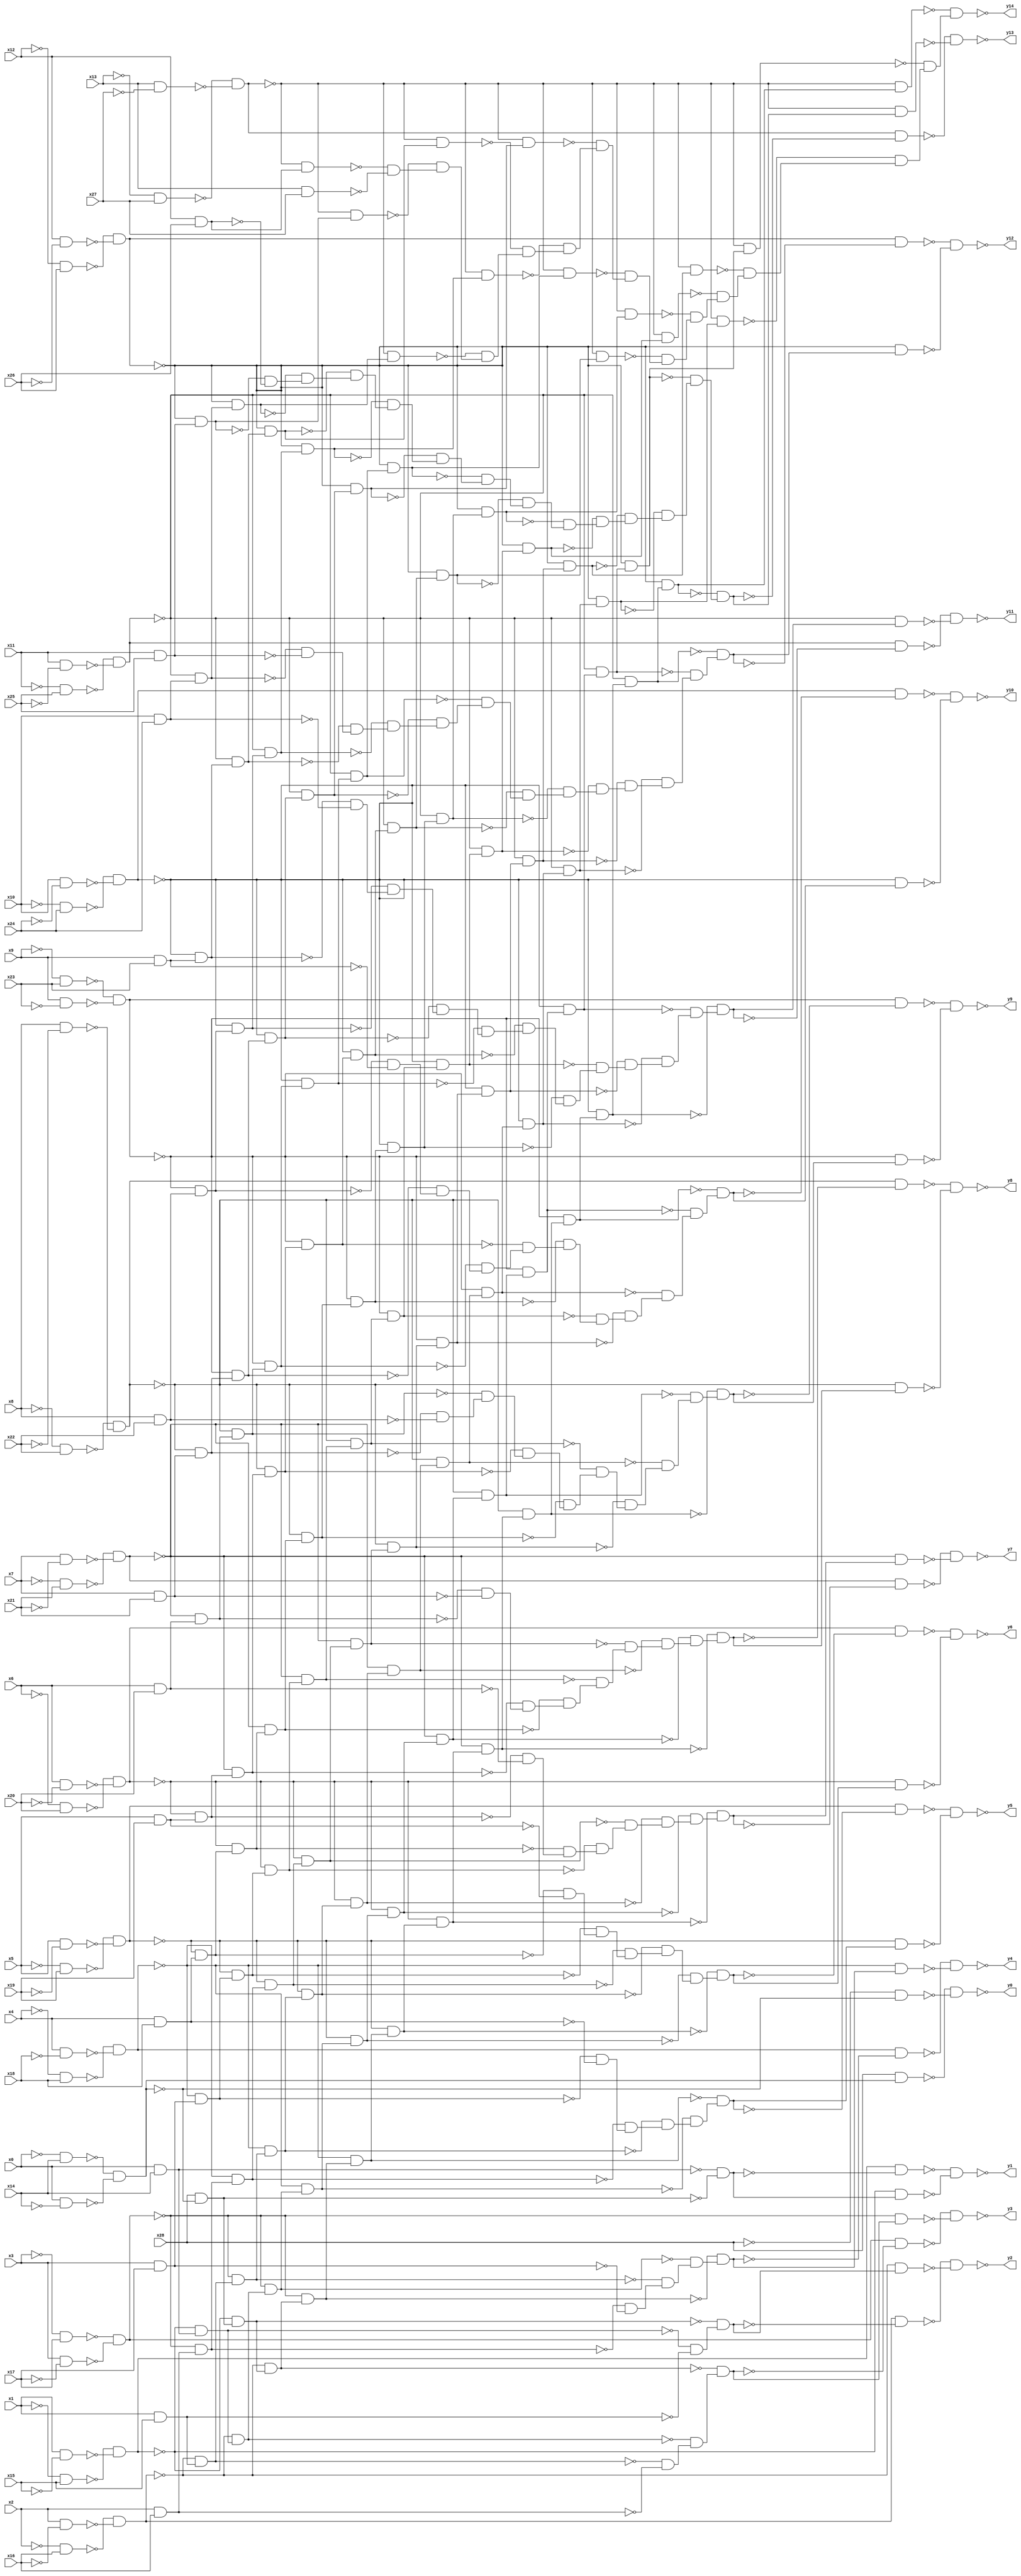
module top(x0, x1, x2, x3, x4, x5, x6, x7, x8, x9, x10, x11, x12, x13, x14, x15, x16, x17, x18, x19, x20, x21, x22, x23, x24, x25, x26, x27, x28, y0, y1, y2, y3, y4, y5, y6, y7, y8, y9, y10, y11, y12, y13, y14);
  input x0, x1, x2, x3, x4, x5, x6, x7, x8, x9, x10, x11, x12, x13, x14, x15, x16, x17, x18, x19, x20, x21, x22, x23, x24, x25, x26, x27, x28;
  output y0, y1, y2, y3, y4, y5, y6, y7, y8, y9, y10, y11, y12, y13, y14;
  wire n30, n31, n32, n33, n34, n35, n36, n37, n38, n39, n40, n41, n42, n43, n44, n45, n46, n47, n48, n49, n50, n51, n52, n53, n54, n55, n56, n57, n58, n59, n60, n61, n62, n63, n64, n65, n66, n67, n68, n69, n70, n71, n72, n73, n74, n75, n76, n77, n78, n79, n80, n81, n82, n83, n84, n85, n86, n87, n88, n89, n90, n91, n92, n93, n94, n95, n96, n97, n98, n99, n100, n101, n102, n103, n104, n105, n106, n107, n108, n109, n110, n111, n112, n113, n114, n115, n116, n117, n118, n119, n120, n121, n122, n123, n124, n125, n126, n127, n128, n129, n130, n131, n132, n133, n134, n135, n136, n137, n138, n139, n140, n141, n142, n143, n144, n145, n146, n147, n148, n149, n150, n151, n152, n153, n154, n155, n156, n157, n158, n159, n160, n161, n162, n163, n164, n165, n166, n167, n168, n169, n170, n171, n172, n173, n174, n175, n176, n177, n178, n179, n180, n181, n182, n183, n184, n185, n186, n187, n188, n189, n190, n191, n192, n193, n194, n195, n196, n197, n198, n199, n200, n201, n202, n203, n204, n205, n206, n207, n208, n209, n210, n211, n212, n213, n214, n215, n216, n217, n218, n219, n220, n221, n222, n223, n224, n225, n226, n227, n228, n229, n230, n231, n232, n233, n234, n235, n236, n237, n238, n239, n240, n241, n242, n243, n244, n245, n246, n247, n248, n249, n250, n251, n252, n253, n254, n255, n256, n257, n258, n259, n260, n261, n262, n263, n264, n265, n266, n267, n268, n269, n270, n271, n272, n273, n274, n275, n276, n277, n278, n279, n280, n281, n282, n283, n284, n285, n286, n287, n288, n289, n290, n291, n292, n293, n294, n295, n296, n297, n298, n299, n300, n301, n302, n303, n304, n305, n306, n307, n308, n309, n310, n311, n312, n313, n314, n315, n316, n317, n318, n319, n320, n321, n322, n323, n324, n325, n326, n327, n328, n329, n330, n331, n332, n333, n334, n335, n336, n337;
  assign n30 = ~x0 & x14;
  assign n31 = x0 & ~x14;
  assign n32 = ~n30 & ~n31;
  assign n33 = x28 & n32;
  assign n34 = ~x28 & ~n32;
  assign n35 = ~n33 & ~n34;
  assign n36 = ~x1 & x15;
  assign n37 = x1 & ~x15;
  assign n38 = ~n36 & ~n37;
  assign n39 = x0 & x14;
  assign n40 = x28 & ~n32;
  assign n41 = ~n39 & ~n40;
  assign n42 = n38 & ~n41;
  assign n43 = ~n38 & n41;
  assign n44 = ~n42 & ~n43;
  assign n45 = ~x2 & x16;
  assign n46 = x2 & ~x16;
  assign n47 = ~n45 & ~n46;
  assign n50 = ~n38 & n40;
  assign n48 = ~n38 & n39;
  assign n49 = x1 & x15;
  assign n51 = ~n48 & ~n49;
  assign n52 = ~n50 & n51;
  assign n53 = n47 & ~n52;
  assign n54 = ~n47 & n52;
  assign n55 = ~n53 & ~n54;
  assign n56 = ~x3 & x17;
  assign n57 = x3 & ~x17;
  assign n58 = ~n56 & ~n57;
  assign n62 = ~n47 & n50;
  assign n60 = ~n47 & n48;
  assign n59 = ~n47 & n49;
  assign n61 = x2 & x16;
  assign n63 = ~n59 & ~n61;
  assign n64 = ~n60 & n63;
  assign n65 = ~n62 & n64;
  assign n66 = n58 & ~n65;
  assign n67 = ~n58 & n65;
  assign n68 = ~n66 & ~n67;
  assign n69 = ~x4 & x18;
  assign n70 = x4 & ~x18;
  assign n71 = ~n69 & ~n70;
  assign n76 = ~n58 & n62;
  assign n74 = ~n58 & n60;
  assign n73 = ~n58 & n59;
  assign n72 = ~n58 & n61;
  assign n75 = x3 & x17;
  assign n77 = ~n72 & ~n75;
  assign n78 = ~n73 & n77;
  assign n79 = ~n74 & n78;
  assign n80 = ~n76 & n79;
  assign n81 = n71 & ~n80;
  assign n82 = ~n71 & n80;
  assign n83 = ~n81 & ~n82;
  assign n84 = ~x5 & x19;
  assign n85 = x5 & ~x19;
  assign n86 = ~n84 & ~n85;
  assign n92 = ~n71 & n76;
  assign n90 = ~n71 & n74;
  assign n89 = ~n71 & n73;
  assign n88 = ~n71 & n72;
  assign n87 = ~n71 & n75;
  assign n91 = x4 & x18;
  assign n93 = ~n87 & ~n91;
  assign n94 = ~n88 & n93;
  assign n95 = ~n89 & n94;
  assign n96 = ~n90 & n95;
  assign n97 = ~n92 & n96;
  assign n98 = n86 & ~n97;
  assign n99 = ~n86 & n97;
  assign n100 = ~n98 & ~n99;
  assign n101 = ~x6 & x20;
  assign n102 = x6 & ~x20;
  assign n103 = ~n101 & ~n102;
  assign n110 = ~n86 & n92;
  assign n108 = ~n86 & n90;
  assign n107 = ~n86 & n89;
  assign n106 = ~n86 & n88;
  assign n105 = ~n86 & n87;
  assign n104 = ~n86 & n91;
  assign n109 = x5 & x19;
  assign n111 = ~n104 & ~n109;
  assign n112 = ~n105 & n111;
  assign n113 = ~n106 & n112;
  assign n114 = ~n107 & n113;
  assign n115 = ~n108 & n114;
  assign n116 = ~n110 & n115;
  assign n117 = n103 & ~n116;
  assign n118 = ~n103 & n116;
  assign n119 = ~n117 & ~n118;
  assign n120 = ~x7 & x21;
  assign n121 = x7 & ~x21;
  assign n122 = ~n120 & ~n121;
  assign n130 = ~n103 & n110;
  assign n128 = ~n103 & n108;
  assign n127 = ~n103 & n107;
  assign n126 = ~n103 & n106;
  assign n125 = ~n103 & n105;
  assign n124 = ~n103 & n104;
  assign n123 = ~n103 & n109;
  assign n129 = x6 & x20;
  assign n131 = ~n123 & ~n129;
  assign n132 = ~n124 & n131;
  assign n133 = ~n125 & n132;
  assign n134 = ~n126 & n133;
  assign n135 = ~n127 & n134;
  assign n136 = ~n128 & n135;
  assign n137 = ~n130 & n136;
  assign n138 = n122 & ~n137;
  assign n139 = ~n122 & n137;
  assign n140 = ~n138 & ~n139;
  assign n141 = ~x8 & x22;
  assign n142 = x8 & ~x22;
  assign n143 = ~n141 & ~n142;
  assign n152 = ~n122 & n130;
  assign n150 = ~n122 & n128;
  assign n149 = ~n122 & n127;
  assign n148 = ~n122 & n126;
  assign n147 = ~n122 & n125;
  assign n146 = ~n122 & n124;
  assign n145 = ~n122 & n123;
  assign n144 = ~n122 & n129;
  assign n151 = x7 & x21;
  assign n153 = ~n144 & ~n151;
  assign n154 = ~n145 & n153;
  assign n155 = ~n146 & n154;
  assign n156 = ~n147 & n155;
  assign n157 = ~n148 & n156;
  assign n158 = ~n149 & n157;
  assign n159 = ~n150 & n158;
  assign n160 = ~n152 & n159;
  assign n161 = n143 & ~n160;
  assign n162 = ~n143 & n160;
  assign n163 = ~n161 & ~n162;
  assign n164 = ~x9 & x23;
  assign n165 = x9 & ~x23;
  assign n166 = ~n164 & ~n165;
  assign n176 = ~n143 & n152;
  assign n174 = ~n143 & n150;
  assign n173 = ~n143 & n149;
  assign n172 = ~n143 & n148;
  assign n171 = ~n143 & n147;
  assign n170 = ~n143 & n146;
  assign n169 = ~n143 & n145;
  assign n168 = ~n143 & n144;
  assign n167 = ~n143 & n151;
  assign n175 = x8 & x22;
  assign n177 = ~n167 & ~n175;
  assign n178 = ~n168 & n177;
  assign n179 = ~n169 & n178;
  assign n180 = ~n170 & n179;
  assign n181 = ~n171 & n180;
  assign n182 = ~n172 & n181;
  assign n183 = ~n173 & n182;
  assign n184 = ~n174 & n183;
  assign n185 = ~n176 & n184;
  assign n186 = n166 & ~n185;
  assign n187 = ~n166 & n185;
  assign n188 = ~n186 & ~n187;
  assign n189 = ~x10 & x24;
  assign n190 = x10 & ~x24;
  assign n191 = ~n189 & ~n190;
  assign n202 = ~n166 & n176;
  assign n200 = ~n166 & n174;
  assign n199 = ~n166 & n173;
  assign n198 = ~n166 & n172;
  assign n197 = ~n166 & n171;
  assign n196 = ~n166 & n170;
  assign n195 = ~n166 & n169;
  assign n194 = ~n166 & n168;
  assign n193 = ~n166 & n167;
  assign n192 = ~n166 & n175;
  assign n201 = x9 & x23;
  assign n203 = ~n192 & ~n201;
  assign n204 = ~n193 & n203;
  assign n205 = ~n194 & n204;
  assign n206 = ~n195 & n205;
  assign n207 = ~n196 & n206;
  assign n208 = ~n197 & n207;
  assign n209 = ~n198 & n208;
  assign n210 = ~n199 & n209;
  assign n211 = ~n200 & n210;
  assign n212 = ~n202 & n211;
  assign n213 = n191 & ~n212;
  assign n214 = ~n191 & n212;
  assign n215 = ~n213 & ~n214;
  assign n216 = ~x11 & x25;
  assign n217 = x11 & ~x25;
  assign n218 = ~n216 & ~n217;
  assign n230 = ~n191 & n202;
  assign n228 = ~n191 & n200;
  assign n227 = ~n191 & n199;
  assign n226 = ~n191 & n198;
  assign n225 = ~n191 & n197;
  assign n224 = ~n191 & n196;
  assign n223 = ~n191 & n195;
  assign n222 = ~n191 & n194;
  assign n221 = ~n191 & n193;
  assign n220 = ~n191 & n192;
  assign n219 = ~n191 & n201;
  assign n229 = x10 & x24;
  assign n231 = ~n219 & ~n229;
  assign n232 = ~n220 & n231;
  assign n233 = ~n221 & n232;
  assign n234 = ~n222 & n233;
  assign n235 = ~n223 & n234;
  assign n236 = ~n224 & n235;
  assign n237 = ~n225 & n236;
  assign n238 = ~n226 & n237;
  assign n239 = ~n227 & n238;
  assign n240 = ~n228 & n239;
  assign n241 = ~n230 & n240;
  assign n242 = n218 & ~n241;
  assign n243 = ~n218 & n241;
  assign n244 = ~n242 & ~n243;
  assign n245 = ~x12 & x26;
  assign n246 = x12 & ~x26;
  assign n247 = ~n245 & ~n246;
  assign n260 = ~n218 & n230;
  assign n258 = ~n218 & n228;
  assign n257 = ~n218 & n227;
  assign n256 = ~n218 & n226;
  assign n255 = ~n218 & n225;
  assign n254 = ~n218 & n224;
  assign n253 = ~n218 & n223;
  assign n252 = ~n218 & n222;
  assign n251 = ~n218 & n221;
  assign n250 = ~n218 & n220;
  assign n249 = ~n218 & n219;
  assign n248 = ~n218 & n229;
  assign n259 = x11 & x25;
  assign n261 = ~n248 & ~n259;
  assign n262 = ~n249 & n261;
  assign n263 = ~n250 & n262;
  assign n264 = ~n251 & n263;
  assign n265 = ~n252 & n264;
  assign n266 = ~n253 & n265;
  assign n267 = ~n254 & n266;
  assign n268 = ~n255 & n267;
  assign n269 = ~n256 & n268;
  assign n270 = ~n257 & n269;
  assign n271 = ~n258 & n270;
  assign n272 = ~n260 & n271;
  assign n273 = n247 & ~n272;
  assign n274 = ~n247 & n272;
  assign n275 = ~n273 & ~n274;
  assign n276 = ~x13 & x27;
  assign n277 = x13 & ~x27;
  assign n278 = ~n276 & ~n277;
  assign n292 = ~n247 & n260;
  assign n290 = ~n247 & n258;
  assign n289 = ~n247 & n257;
  assign n288 = ~n247 & n256;
  assign n287 = ~n247 & n255;
  assign n286 = ~n247 & n254;
  assign n285 = ~n247 & n253;
  assign n284 = ~n247 & n252;
  assign n283 = ~n247 & n251;
  assign n282 = ~n247 & n250;
  assign n281 = ~n247 & n249;
  assign n280 = ~n247 & n248;
  assign n279 = ~n247 & n259;
  assign n291 = x12 & x26;
  assign n293 = ~n279 & ~n291;
  assign n294 = ~n280 & n293;
  assign n295 = ~n281 & n294;
  assign n296 = ~n282 & n295;
  assign n297 = ~n283 & n296;
  assign n298 = ~n284 & n297;
  assign n299 = ~n285 & n298;
  assign n300 = ~n286 & n299;
  assign n301 = ~n287 & n300;
  assign n302 = ~n288 & n301;
  assign n303 = ~n289 & n302;
  assign n304 = ~n290 & n303;
  assign n305 = ~n292 & n304;
  assign n306 = n278 & ~n305;
  assign n307 = ~n278 & n305;
  assign n308 = ~n306 & ~n307;
  assign n323 = ~n278 & n292;
  assign n321 = ~n278 & n290;
  assign n320 = ~n278 & n289;
  assign n319 = ~n278 & n288;
  assign n318 = ~n278 & n287;
  assign n317 = ~n278 & n286;
  assign n316 = ~n278 & n285;
  assign n315 = ~n278 & n284;
  assign n314 = ~n278 & n283;
  assign n313 = ~n278 & n282;
  assign n312 = ~n278 & n281;
  assign n311 = ~n278 & n280;
  assign n310 = ~n278 & n279;
  assign n309 = ~n278 & n291;
  assign n322 = x13 & x27;
  assign n324 = ~n309 & ~n322;
  assign n325 = ~n310 & n324;
  assign n326 = ~n311 & n325;
  assign n327 = ~n312 & n326;
  assign n328 = ~n313 & n327;
  assign n329 = ~n314 & n328;
  assign n330 = ~n315 & n329;
  assign n331 = ~n316 & n330;
  assign n332 = ~n317 & n331;
  assign n333 = ~n318 & n332;
  assign n334 = ~n319 & n333;
  assign n335 = ~n320 & n334;
  assign n336 = ~n321 & n335;
  assign n337 = ~n323 & n336;
  assign y0 = ~n35;
  assign y1 = ~n44;
  assign y2 = ~n55;
  assign y3 = ~n68;
  assign y4 = ~n83;
  assign y5 = ~n100;
  assign y6 = ~n119;
  assign y7 = ~n140;
  assign y8 = ~n163;
  assign y9 = ~n188;
  assign y10 = ~n215;
  assign y11 = ~n244;
  assign y12 = ~n275;
  assign y13 = ~n308;
  assign y14 = ~n337;
endmodule